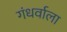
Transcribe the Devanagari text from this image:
गंधर्वाला